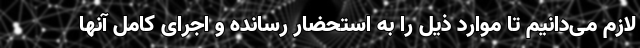
لازم می‌‌دانیم تا موارد ذیل را به استحضار رسانده و اجرای کامل آنها